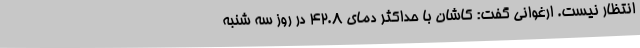
انتظار نیست. ارغوانی گفت: کاشان با حداکثر دمای 42.8 در روز سه شنبه